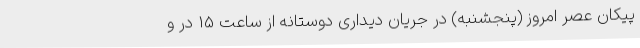
پیکان عصر امروز (پنجشنبه) در جریان دیداری دوستانه از ساعت 15 در و